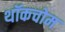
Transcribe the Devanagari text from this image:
थॉकचोम